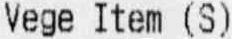
VEGE ITEM (S)